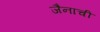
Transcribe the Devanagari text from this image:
जैनाची